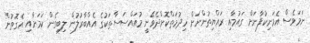
ނަމަވެސް އެމަނިކުފާނަށް ގައުމާއި ރައްޔިތުންނަށް ހިދުމަތްކޮށްދެވޭނީ މުއައްސަސާތަކުގެ އެއްބާރުލުން ލިބިގެން ކަމަށާއި އެގޮތުން